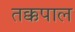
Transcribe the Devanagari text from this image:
तक्कपाल